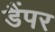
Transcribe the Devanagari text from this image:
डैंपर